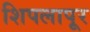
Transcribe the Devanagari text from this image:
शिपलापूर